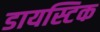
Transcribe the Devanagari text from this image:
डायस्टिक